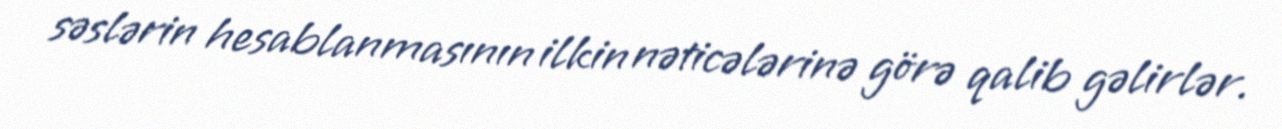
səslərin hesablanmasının ilkin nəticələrinə görə qalib gəlirlər.